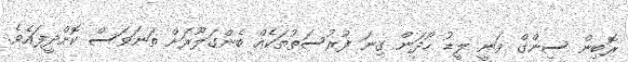
ރޮބިން ސިންގް ވަނީ ލީޑު ހޯދަން ގިނަ ފުރުސަތުތަކެއް ބެންގަލޫރަށް ތަނަވަސް ކޮށްދީފައެވެ.